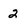
Character: 2